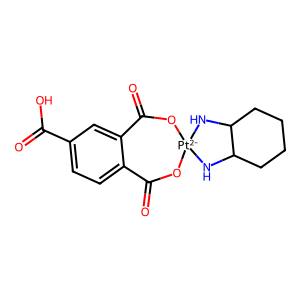
SMILES: O=C(O)c1ccc2c(c1)C(=O)O[Pt-2]1(NC3CCCCC3N1)OC2=O
Inhibits HIV replication: No